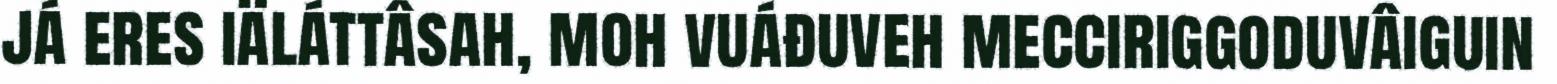
já eres iäláttâsah, moh vuáđuveh mecciriggoduvâiguin